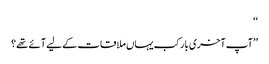
‘‘
’’آپ آخری بار کب یہاں ملاقات کے لیے آئے تھے؟